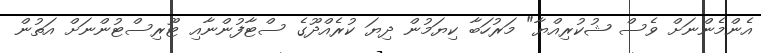
އެންމެންނަށް ވެސް ޝުކުރިއްޔާ" މަރުހަބާ ކިޔަމުން ދިޔަ ކުރެއްދޫގެ ސްޓާފުންނާއި ޓޫރިސްޓުންނަށް އަތުން